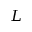
L